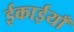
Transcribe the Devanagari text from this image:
ईकाईयाँ